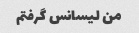
من لیسانس گرفتم